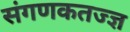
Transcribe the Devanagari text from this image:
संगणकतज्‍ज्ञ